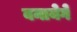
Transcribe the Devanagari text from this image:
बनायेगे